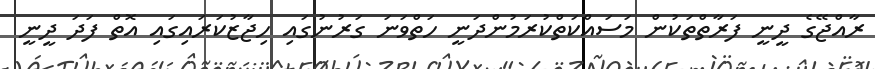
ރާއްޖޭގެ ދީނީ ފަރާތްތަކުން މަސައްކަތްކުރަމުންދަނީ ހަތްވަނަ ގަރުނުގައި ހިޖާޒުކަރައިގައި އޮތް ފަދަ ދީނީ